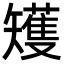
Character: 矱